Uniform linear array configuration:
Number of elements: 32
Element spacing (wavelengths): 0.5
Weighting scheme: uniform
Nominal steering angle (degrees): -30
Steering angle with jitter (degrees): -31.078
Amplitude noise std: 0.05
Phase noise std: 0.05

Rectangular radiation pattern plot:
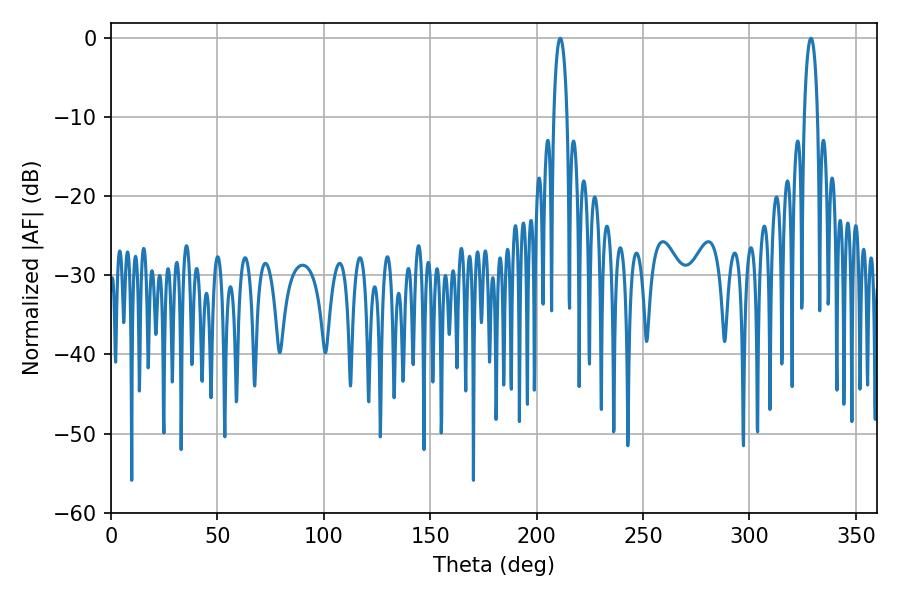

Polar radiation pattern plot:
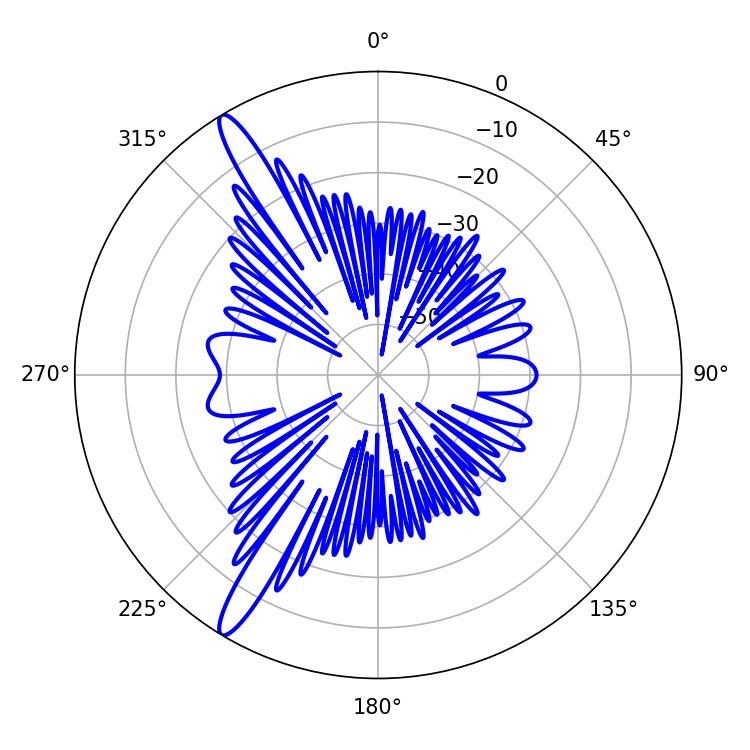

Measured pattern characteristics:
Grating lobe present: FALSE
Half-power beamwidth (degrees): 3.6
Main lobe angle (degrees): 211.14